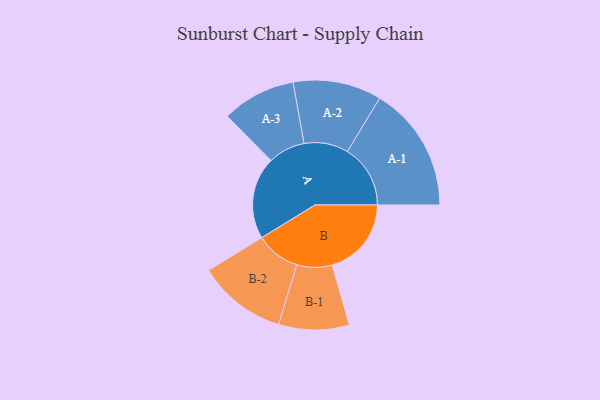
{"axis": {"x": "Segment", "y": "Value"}, "legend": ["", "A", "B"], "data": [{"x": "A", "y": 329, "type": ""}, {"x": "B", "y": 317, "type": ""}, {"x": "A-1", "y": 252, "type": "A"}, {"x": "A-2", "y": 177, "type": "A"}, {"x": "A-3", "y": 148, "type": "A"}, {"x": "B-1", "y": 141, "type": "B"}, {"x": "B-2", "y": 178, "type": "B"}]}